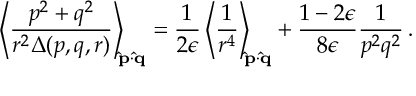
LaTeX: \left\langle { \frac { p ^ { 2 } + q ^ { 2 } } { r ^ { 2 } \Delta ( p , q , r ) } } \right\rangle _ { \! \! { \bf \hat { p } } \cdot { \bf \hat { q } } } = { \frac { 1 } { 2 \epsilon } } \left\langle { \frac { 1 } { r ^ { 4 } } } \right\rangle _ { \! \! { \bf \hat { p } } \cdot { \bf \hat { q } } } + { \frac { 1 - 2 \epsilon } { 8 \epsilon } } { \frac { 1 } { p ^ { 2 } q ^ { 2 } } } \, .